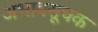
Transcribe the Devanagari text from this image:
अभावसूचक